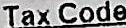
TAX CODE